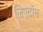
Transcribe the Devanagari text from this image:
लिएटॉम